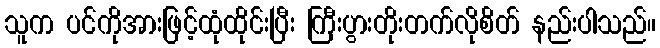
သူက ပင်ကိုအားဖြင့်ထုံထိုင်းပြီး ကြီးပွားတိုးတက်လိုစိတ် နည်းပါသည်။